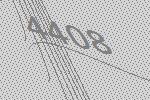
4408